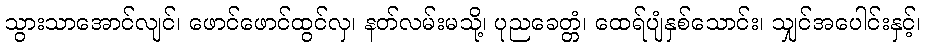
သွားသာအောင်လျင်၊ ဖောင်ဖောင်ထွင်လှ၊ နတ်လမ်းမသို့၊ ပုညခေတ္တံ၊ ထေရ်ပျံနှစ်သောင်း၊ သျှင်အပေါင်းနှင့်၊